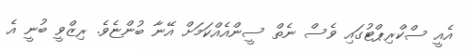
އެއީ ސްކްރިޕްޓުގައި ވެސް ނެތް ސީންއެއްކަމަށް އޭނާ ބުންޏެވެ. ރިޒްވީ ބުނީ އެ